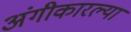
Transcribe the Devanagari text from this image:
अंगीकारल्या